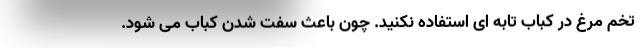
تخم مرغ در کباب تابه ای استفاده نکنید. چون باعث سفت شدن کباب می شود.